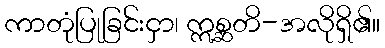
ကာတုံပြုခြင်းငှာ၊ ဣစ္ဆတိ-အလိုရှိ၏။